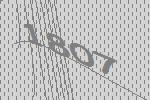
1807